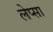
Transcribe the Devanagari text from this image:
लेप्सा